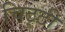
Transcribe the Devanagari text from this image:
चिठ्टी